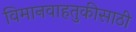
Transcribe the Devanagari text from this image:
विमानवाहतुकीसाठी